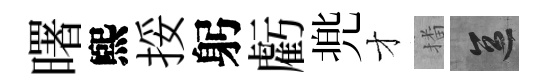
曙煕挼躬虧兠才播區